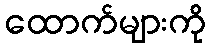
ထောက်များကို